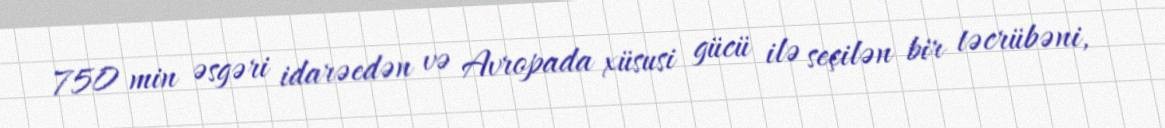
750 min əsgəri idarəedən və Avropada xüsusi gücü ilə seçilən bir təcrübəni,